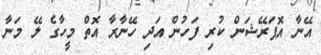
އޭނާ އޮޕަރޭޝަން ކުރި ފަހުން އަދި ހޭނާރާ އޮތް މީހާގެ ލޭ މަނާ